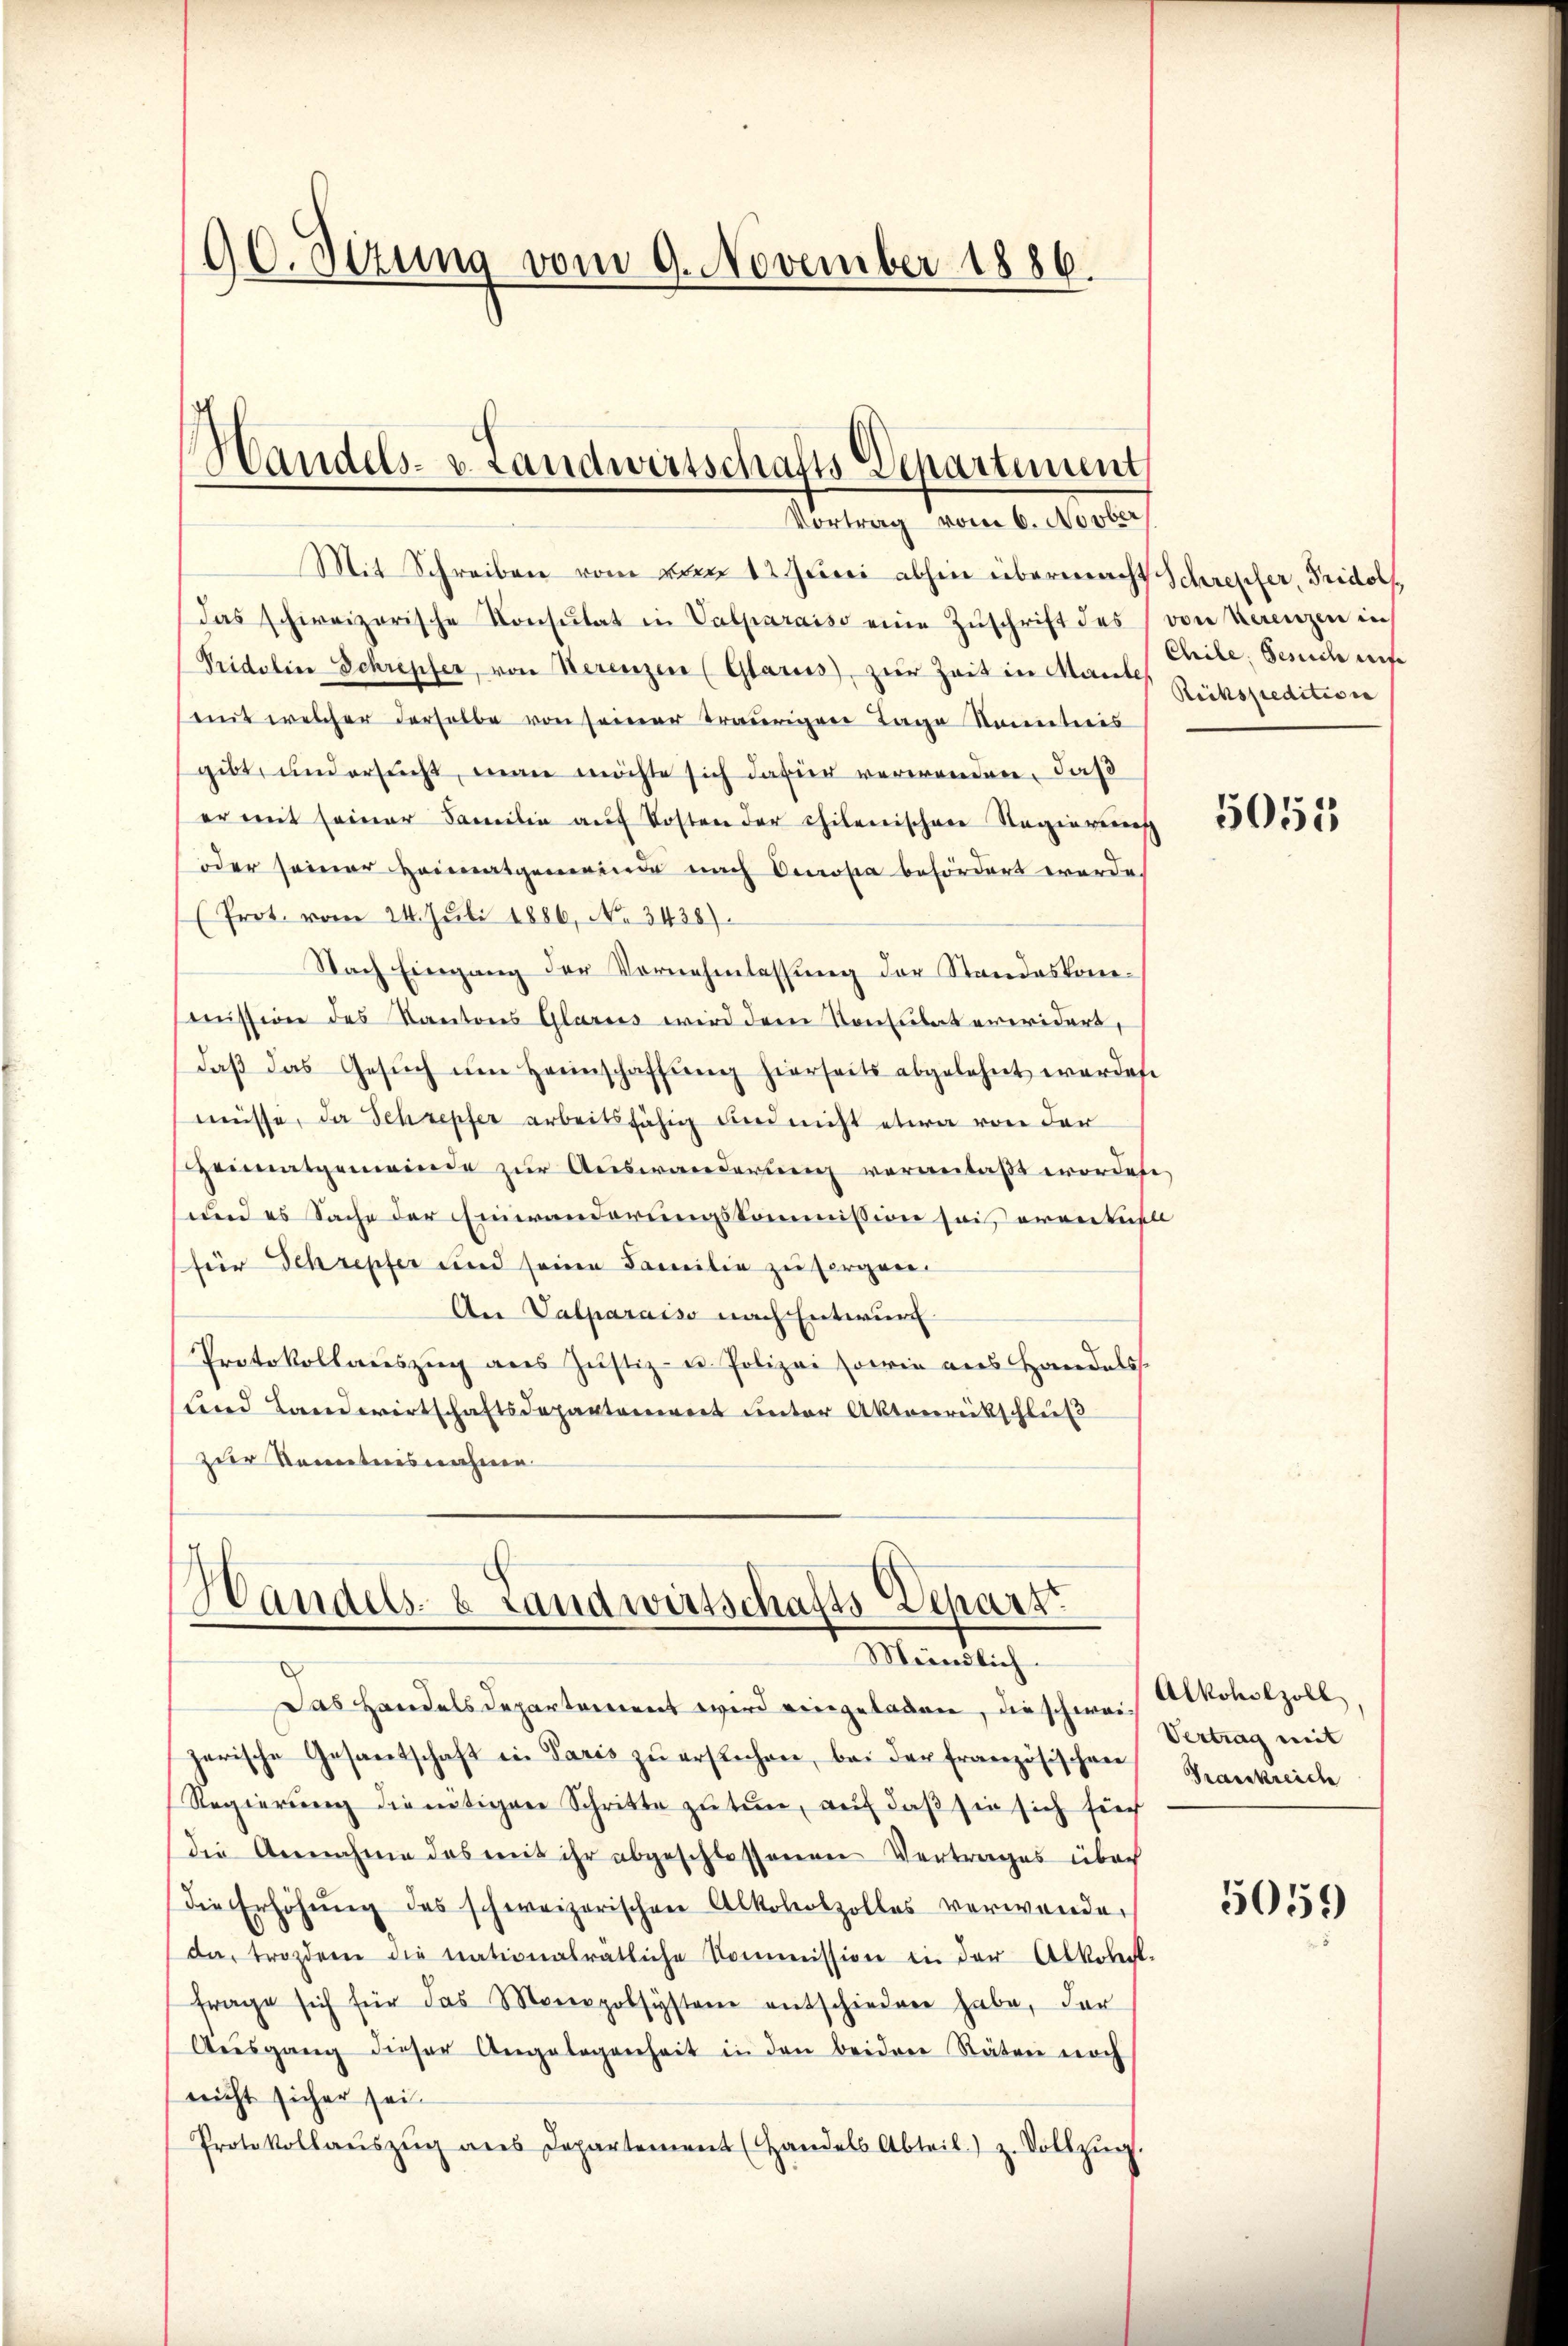
90. Sizung vom 9. November 1886.

h

Handels- u. Landwirtschafts-Departement
Vortrag vom 6. Novber,

Mit Schreiben vom von 12. Juni abhin übermacht Schrepfer, Fridolf,
Das schweizerische Konsŭtat in Valparaiso eine Zŭschrift des (von herenzen in
Tridelin Schrepfer, von Serenzen (Glarus, zur Zeit in Mantes Rückspredites er
mit welcher derselbe von seiner traurigen Tage Sonntnis
gibt, und ersucht, man möchte sich dafür verwenden, daß
er mit seiner Familie auf Kosten der chilenischen Regierenisch
(oder seiner Heimatgemeinde nach Onosia befördert werde.
(Prot. vom 24. Juli 1886, No. 3438).
Nach Eingang der Vornehmlassung der Standeskommission des Kantons Glarus wird dem Konsulat erwidert,
daβ das Gesŭch ŭm Heimschaffŭng hierseits abgelehnt werden
müsse, da Schrepfer arbeitsfähig und nicht etwa von der
Heimatgemeinde zur Auswanderung veranlaßt worden
und es Sache der Einwanderungskommission sei erentuell
für Schrepfer und seine Familie zu sorgen.
An Valparaiso nach Entwurf
Protokollaŭszŭg aŭs Justiz- u. Polizei sowie aus Handels-
und Landwirtschaftsdepartoniert unter Aktenrückschluß
zur Kenntnisnahme

Handels- & Landwirtschafts-Depart
Mündlich.

Das Handelsdepartement wird eingeladen, die schweijerische Gesantschaft in Paris zŭ erstechen, bei der französischen Frankreich
Regierung die nötigen Schritte zu tun, auf daß sie sich fürch
die Annahme des mit ihr abgeschlossenen Vertrages über
die Erhöhŭng des schweizerischen Alkoholzolles verwenden
da trozdem die nationalrätliche Kommission in der Abkoll-
frage sich für das Monopolsysteme entschiedene habe, der
Aŭsgang dieser Angelegenheit in den beiden Räten noch
nicht sicher sei.
Protokollaŭszŭg ans Departement (Handels Abteil) z. Sollzŭg.

Chile. Gesuch auf

5052

Alkoholzoll,
Vertrag mit

5059